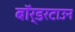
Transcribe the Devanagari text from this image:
बॉर्डरटाउन